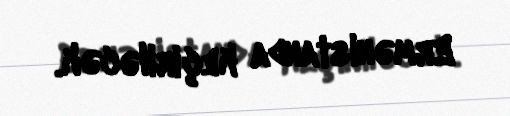
Ermənistanda keçiriləcək.